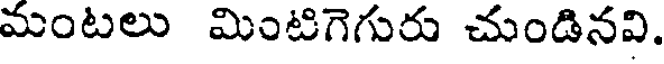
మంటలు మింటిగెగురు చుండినవి.